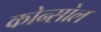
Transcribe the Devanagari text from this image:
कोन्सोल